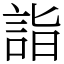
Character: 詣